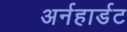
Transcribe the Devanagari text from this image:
अर्नहार्डट